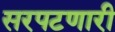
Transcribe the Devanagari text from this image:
सरपटणारी